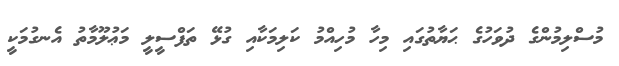
މުސްލިމުންގެ ދުވަހުގެ ޙަޔާތުގައި މިހާ މުހިއްމު ކަލިމަކާއި ގުޅޭ ތަފްސީލީ މަޢުލޫމާތު އެނގުމަކީ